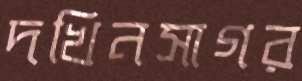
দখিনসাগর